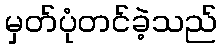
မှတ်ပုံတင်ခဲ့သည်